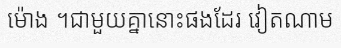
ម៉ោង ។ជាមួយគ្នានោះផងដែរ វៀតណាម